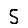
Digit: 5